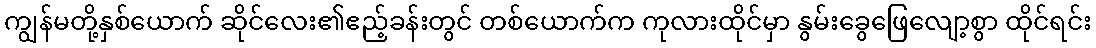
ကျွန်မတို့နှစ်ယောက် ဆိုင်လေး၏ဧည့်ခန်းတွင် တစ်ယောက်က ကုလားထိုင်မှာ နွမ်းခွေဖြေလျော့စွာ ထိုင်ရင်း